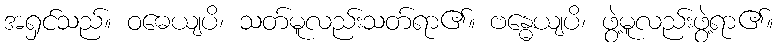
အရှင်သည်။ ဝဓေယျပိ၊ သတ်မူလည်းသတ်ရာ၏။ ဗန္ဓေယျပိ၊ ဖွဲ့မူလည်းဖွဲ့ရာ၏။